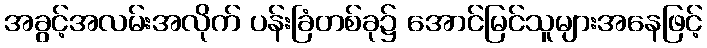
အခွင့်အလမ်းအလိုက် ပန်းခြံတစ်ခု၌ အောင်မြင်သူများအနေဖြင့်